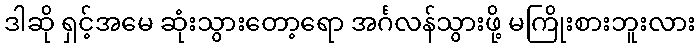
ဒါဆို ရှင့်အမေ ဆုံးသွားတော့ရော အင်္ဂလန်သွားဖို့ မကြိုးစားဘူးလား